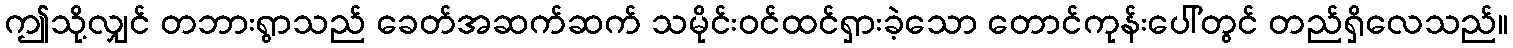
ဤသို့လျှင် တဘားရွာသည် ခေတ်အဆက်ဆက် သမိုင်းဝင်ထင်ရှားခဲ့သော တောင်ကုန်းပေါ်တွင် တည်ရှိလေသည်။